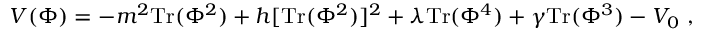
V ( \Phi ) = - m ^ { 2 } \mathrm { T r } ( \Phi ^ { 2 } ) + h [ \mathrm { T r } ( \Phi ^ { 2 } ) ] ^ { 2 } + \lambda \mathrm { T r } ( \Phi ^ { 4 } ) + \gamma \mathrm { T r } ( \Phi ^ { 3 } ) - V _ { 0 } \ ,